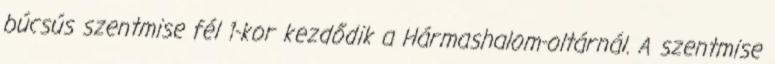
búcsús szentmise fél 1-kor kezdődik a Hármashalom-oltárnál. A szentmise